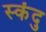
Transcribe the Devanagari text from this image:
स्कंदु